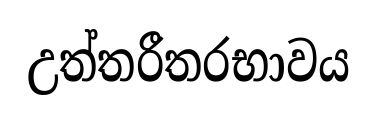
උත්තරීතරභාවය